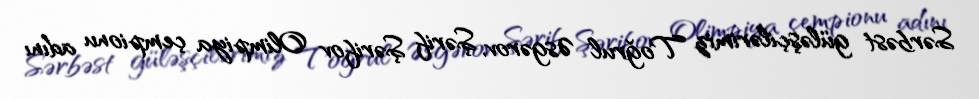
Sərbəst güləşçilərimiz Toğrul Əsgərov, Şərif Şərifov Olimpiya çempionu adını